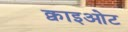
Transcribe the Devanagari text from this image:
क्वाइओट